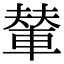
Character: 輦